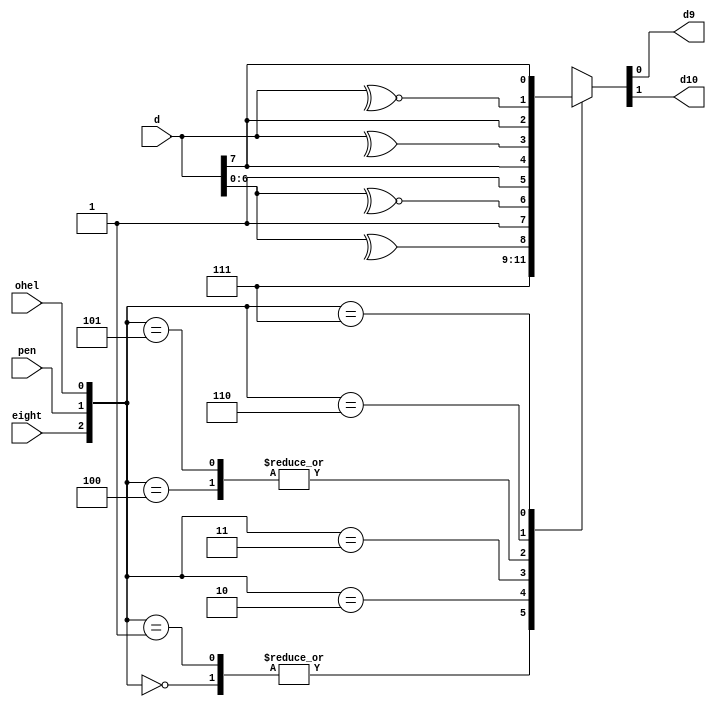
`timescale 1ns / 1ps

module decode
    (
        input           eight   ,
                        pen     ,
                        ohel    ,
        input   [7:0]   d       ,
        output  reg     d9      ,
                        d10           
    );
    
    always@(*)
    begin
        case({eight, pen, ohel})
            3'b000: {d10,d9} = 2'b11;
            3'b001: {d10,d9} = 2'b11;
            3'b010: {d10,d9} = {1'b1, ^d[6:0]};
            3'b011: {d10,d9} = {1'b1, ~^d[6:0]};
            3'b100: {d10,d9} = {1'b1,d[7]};
            3'b101: {d10,d9} = {1'b1,d[7]};
            3'b110: {d10,d9} = {^d[7:0],  d[7]};
            3'b111: {d10,d9} = {~^d[7:0],  d[7]};
            default:{d10,d9} = 2'b11;
        endcase
    end
    
endmodule